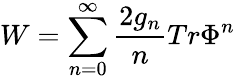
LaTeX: W=\sum_{n=0}^{\infty}\frac{2g_{n}}{n}Tr\Phi^{n}